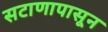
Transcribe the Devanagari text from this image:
सटाणापासून